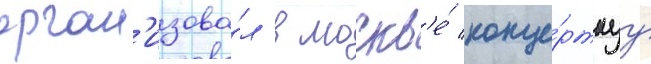
орган'изова́л в москв'е́ конце́ртнуу